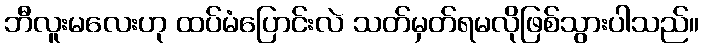
ဘီလူးမလေးဟု ထပ်မံပြောင်းလဲ သတ်မှတ်ရမလိုဖြစ်သွားပါသည်။